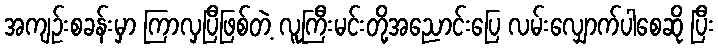
အကျဉ်းစခန်းမှာ ကြာလှပြီဖြစ်တဲ့ လူကြီးမင်းတို့အညောင်းပြေ လမ်းလျှောက်ပါစေဆို ပြီး